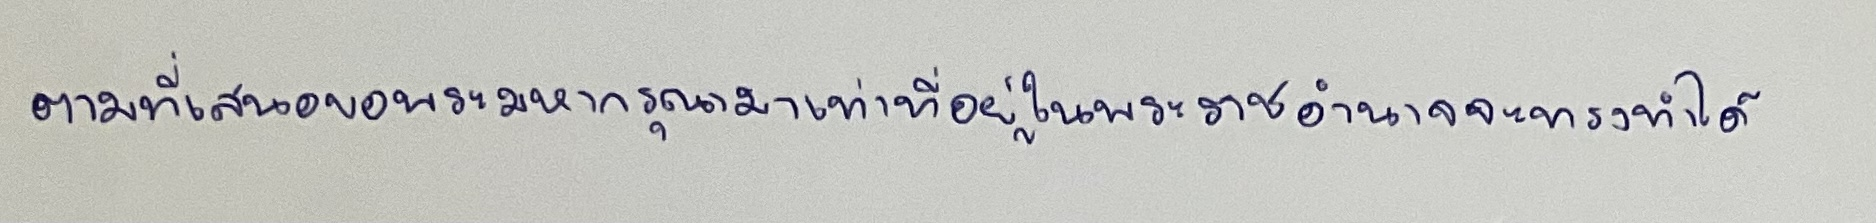
ตามที่เสนอขอพระมหากรุณามาเท่าที่อยู่ในพระราชอำนาจจะทรงทำได้